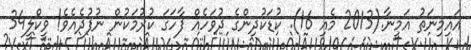
އައިމިނަތު އަމީނާ.(2013 މެއި 16). ކުޑަކުދިންގެ ދުވަހެއް ފާހަގަ ކުރުމަކުން ނުފުދެއެވެ! ވީކްލީ34